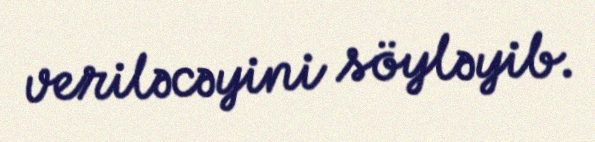
veriləcəyini söyləyib.